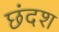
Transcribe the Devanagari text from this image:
छंदश